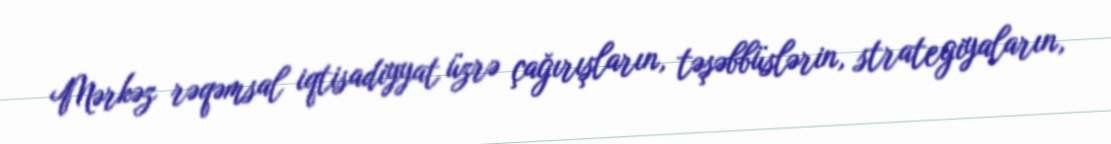
Mərkəz rəqəmsal iqtisadiyyat üzrə çağırışların, təşəbbüslərin, strategiyaların,